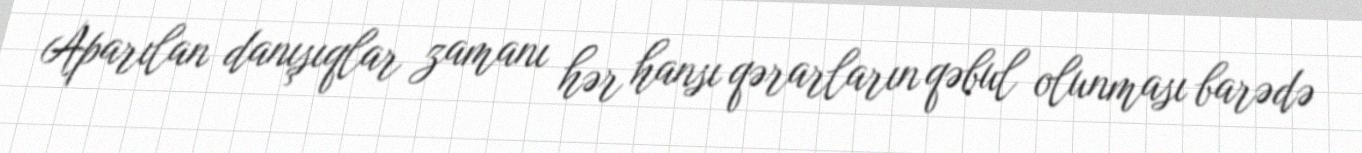
Aparılan danışıqlar zamanı hər hansı qərarların qəbul olunması barədə